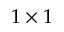
1 \times 1